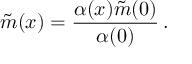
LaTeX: \tilde { m } ( x ) = \frac { \alpha ( x ) \tilde { m } ( 0 ) } { \alpha ( 0 ) } \, .